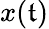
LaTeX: x(\mathfrak{t})